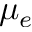
\mu _ { e }